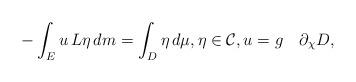
LaTeX: \begin{align*}-\int_E u\,L\eta\,dm =\int_D\eta\,d\mu, \eta\in \mathcal C,u=g\quad\partial_{\chi}D,\end{align*}